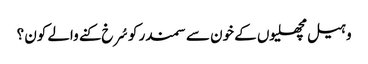
وہیل مچھلیوں کے خون سے سمندر کو سُرخ کنے والے کون ؟